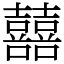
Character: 囍